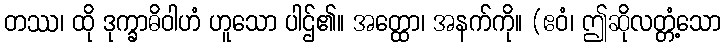
တဿ၊ ထို ဒုက္ခာဓိဝါဟံ ဟူသော ပါဌ်၏။ အတ္ထော၊ အနက်ကို။ (ဧဝံ၊ ဤဆိုလတ္တံ့သော